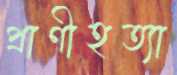
প্রাণীহত্যা